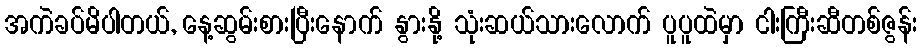
အကဲခပ်မိပါတယ်, နေ့ဆွမ်းစားပြီးနောက် နွားနို့ သုံးဆယ်သားလောက် ပူပူထဲမှာ ငါးကြီးဆီတစ်ဇွန်း